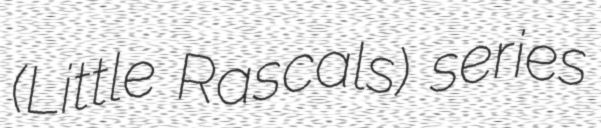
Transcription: (Little Rascals) series